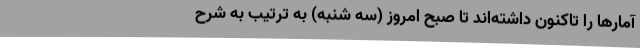
آمارها را تاکنون داشته‌اند تا صبح امروز (سه شنبه) به ترتیب به شرح